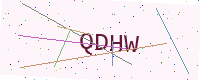
Text: QDHW